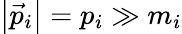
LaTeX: \left|{\vec{p}}_{i}\right|=p_{i}\gg m_{i}